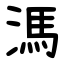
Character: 溤